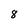
Character: 8